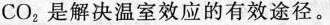
CO_{2}是解决温室效应的有效途径。